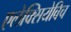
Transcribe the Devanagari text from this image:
एलेक्सियेविच